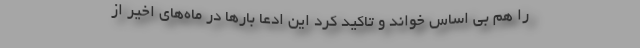
را هم بی اساس خواند و تاکید کرد این ادعا بار‌ها در ماه‌های اخیر از